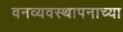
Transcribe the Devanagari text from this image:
वनव्यवस्थापनाच्या